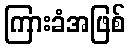
ကြားခံအဖြစ်